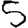
Digit: 5